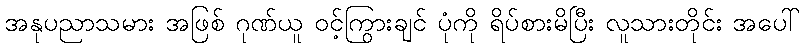
အနုပညာသမား အဖြစ် ဂုဏ်ယူ ဝင့်ကြွားချင် ပုံကို ရိပ်စားမိပြီး လူသားတိုင်း အပေါ်